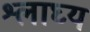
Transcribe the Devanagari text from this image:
श्लाघ्य